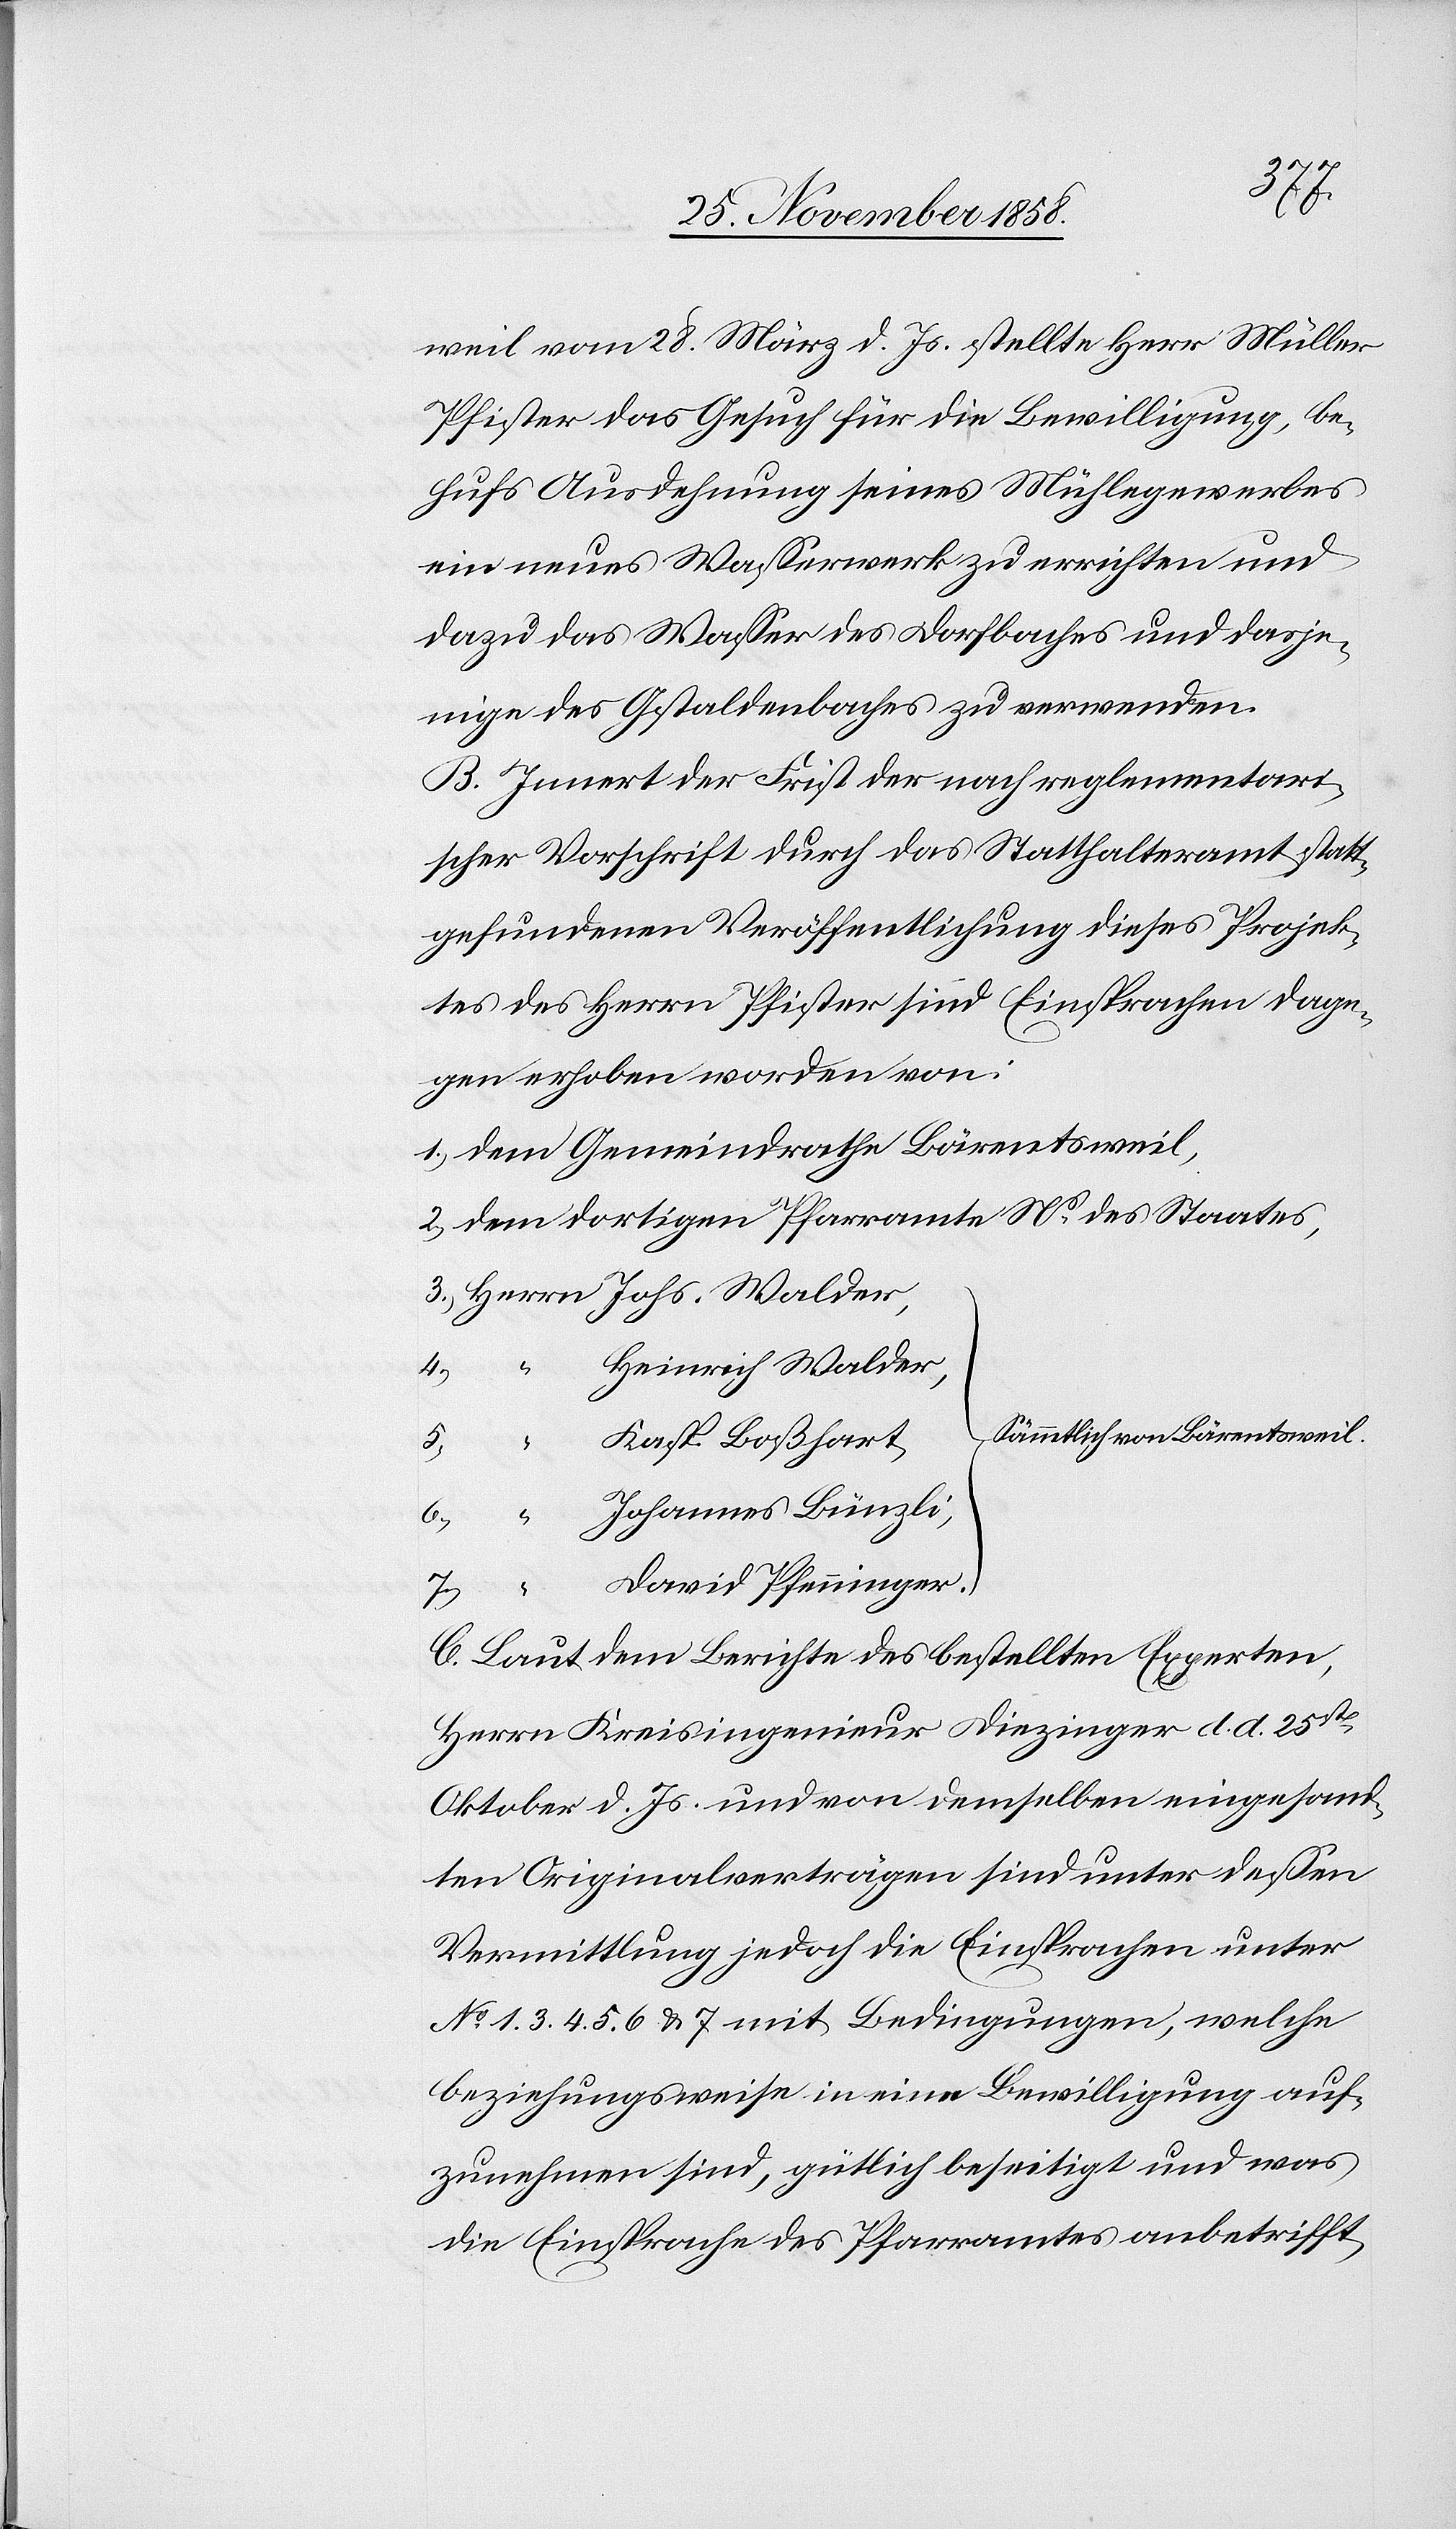
weil vom 28. März d. Js. stellte Herr Müller
Pfister das Gesuch für die Bewilligung, be¬
hufs Ausdehnung seines Mühlegewerbes
ein neues Wasserwerk zu errichten und
dazu das Wasser des Dorfbaches und dasje¬
nige des Gstaldenbaches zu verwenden.
B. Innert der Frist der nach reglementari¬
scher Vorschrift durch das Statthalteramt statt¬
gefundenen Veröffentlichung dieses Projek¬
tes des Herrn Pfister sind Einsprachen dage¬
gen erhoben worden von:
dem Gemeindrathe Bärentsweil,
dem dortigen Pfarramte Ns des Staates,
Herrn Johs. Walder,
Heinrich Walder,
4.)
Sämmtlich von Bärentsweil.
5.)
Kasp. Boßhart,
6.)
Johannes Bünzli,
7.)
“
David Pfenninger.
C. Laut dem Berichte des bestellten Experten,
Herrn Kreisingenieur Diezinger d. d. 25st
Oktober d. Js. und von demselben eingesand¬
ten Originalverträgen sind unter dessen
Vermittlung jedoch die Einsprachen unter
No 1. 3. 4. 5. 6. & 7 mit Bedingungen, welche
beziehungsweise in eine Bewilligung auf¬
zunehmen sind, gütlich beseitigt und was
die Einsprache des Pfarramtes anbetrifft,